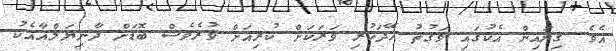
އެވެ. ގިނައިން އެކުގައި ވަގުތު ހޭދަކުރި ވަރަކަށް ކުރިއަށް ވުރެވެސް ބޮޑަށް ދާނިޔަލްއާއެކު